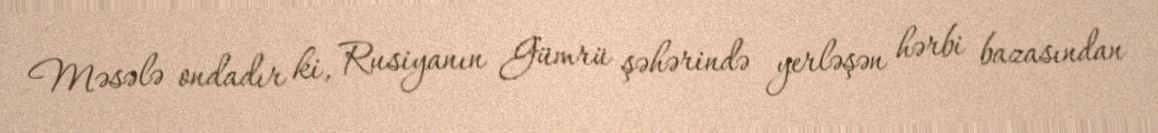
Məsələ ondadır ki, Rusiyanın Gümrü şəhərində yerləşən hərbi bazasından